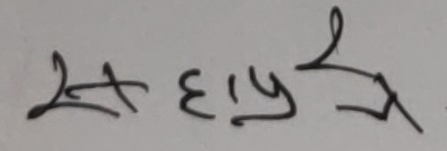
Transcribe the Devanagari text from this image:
सहायक